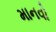
માનવો